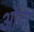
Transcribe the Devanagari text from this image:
औदा